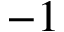
- 1